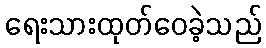
ရေးသားထုတ်ဝေခဲ့သည်